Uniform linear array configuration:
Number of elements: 8
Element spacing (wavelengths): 0.75
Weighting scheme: binomial
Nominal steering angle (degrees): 45
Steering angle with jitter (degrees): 43.078
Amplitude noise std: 0.05
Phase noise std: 0.05

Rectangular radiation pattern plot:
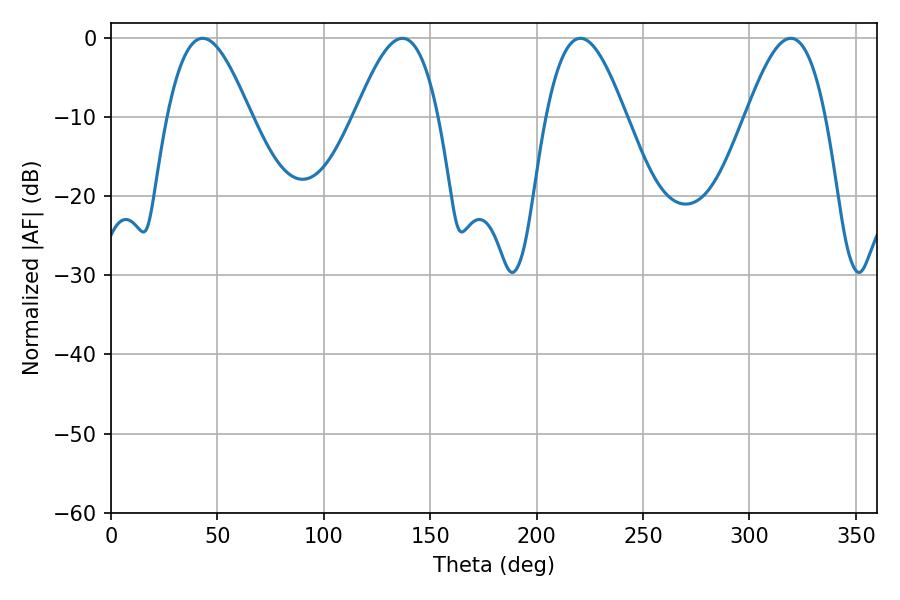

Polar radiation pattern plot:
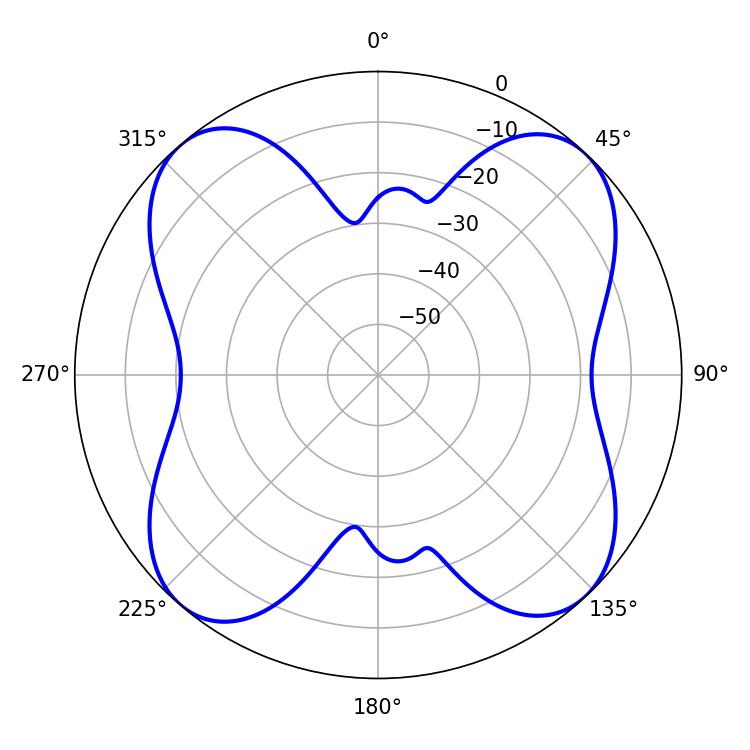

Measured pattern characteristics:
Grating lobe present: TRUE
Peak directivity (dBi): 15.598
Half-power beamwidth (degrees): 21.06
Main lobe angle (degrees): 43.02